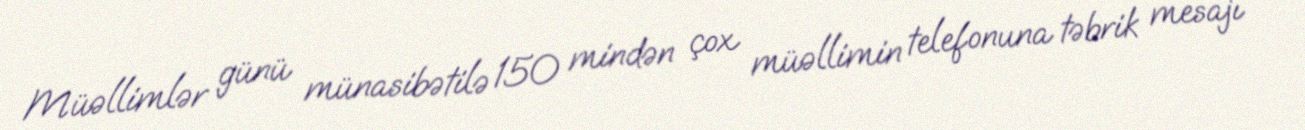
Müəllimlər günü münasibətilə 150 mindən çox müəllimin telefonuna təbrik mesajı